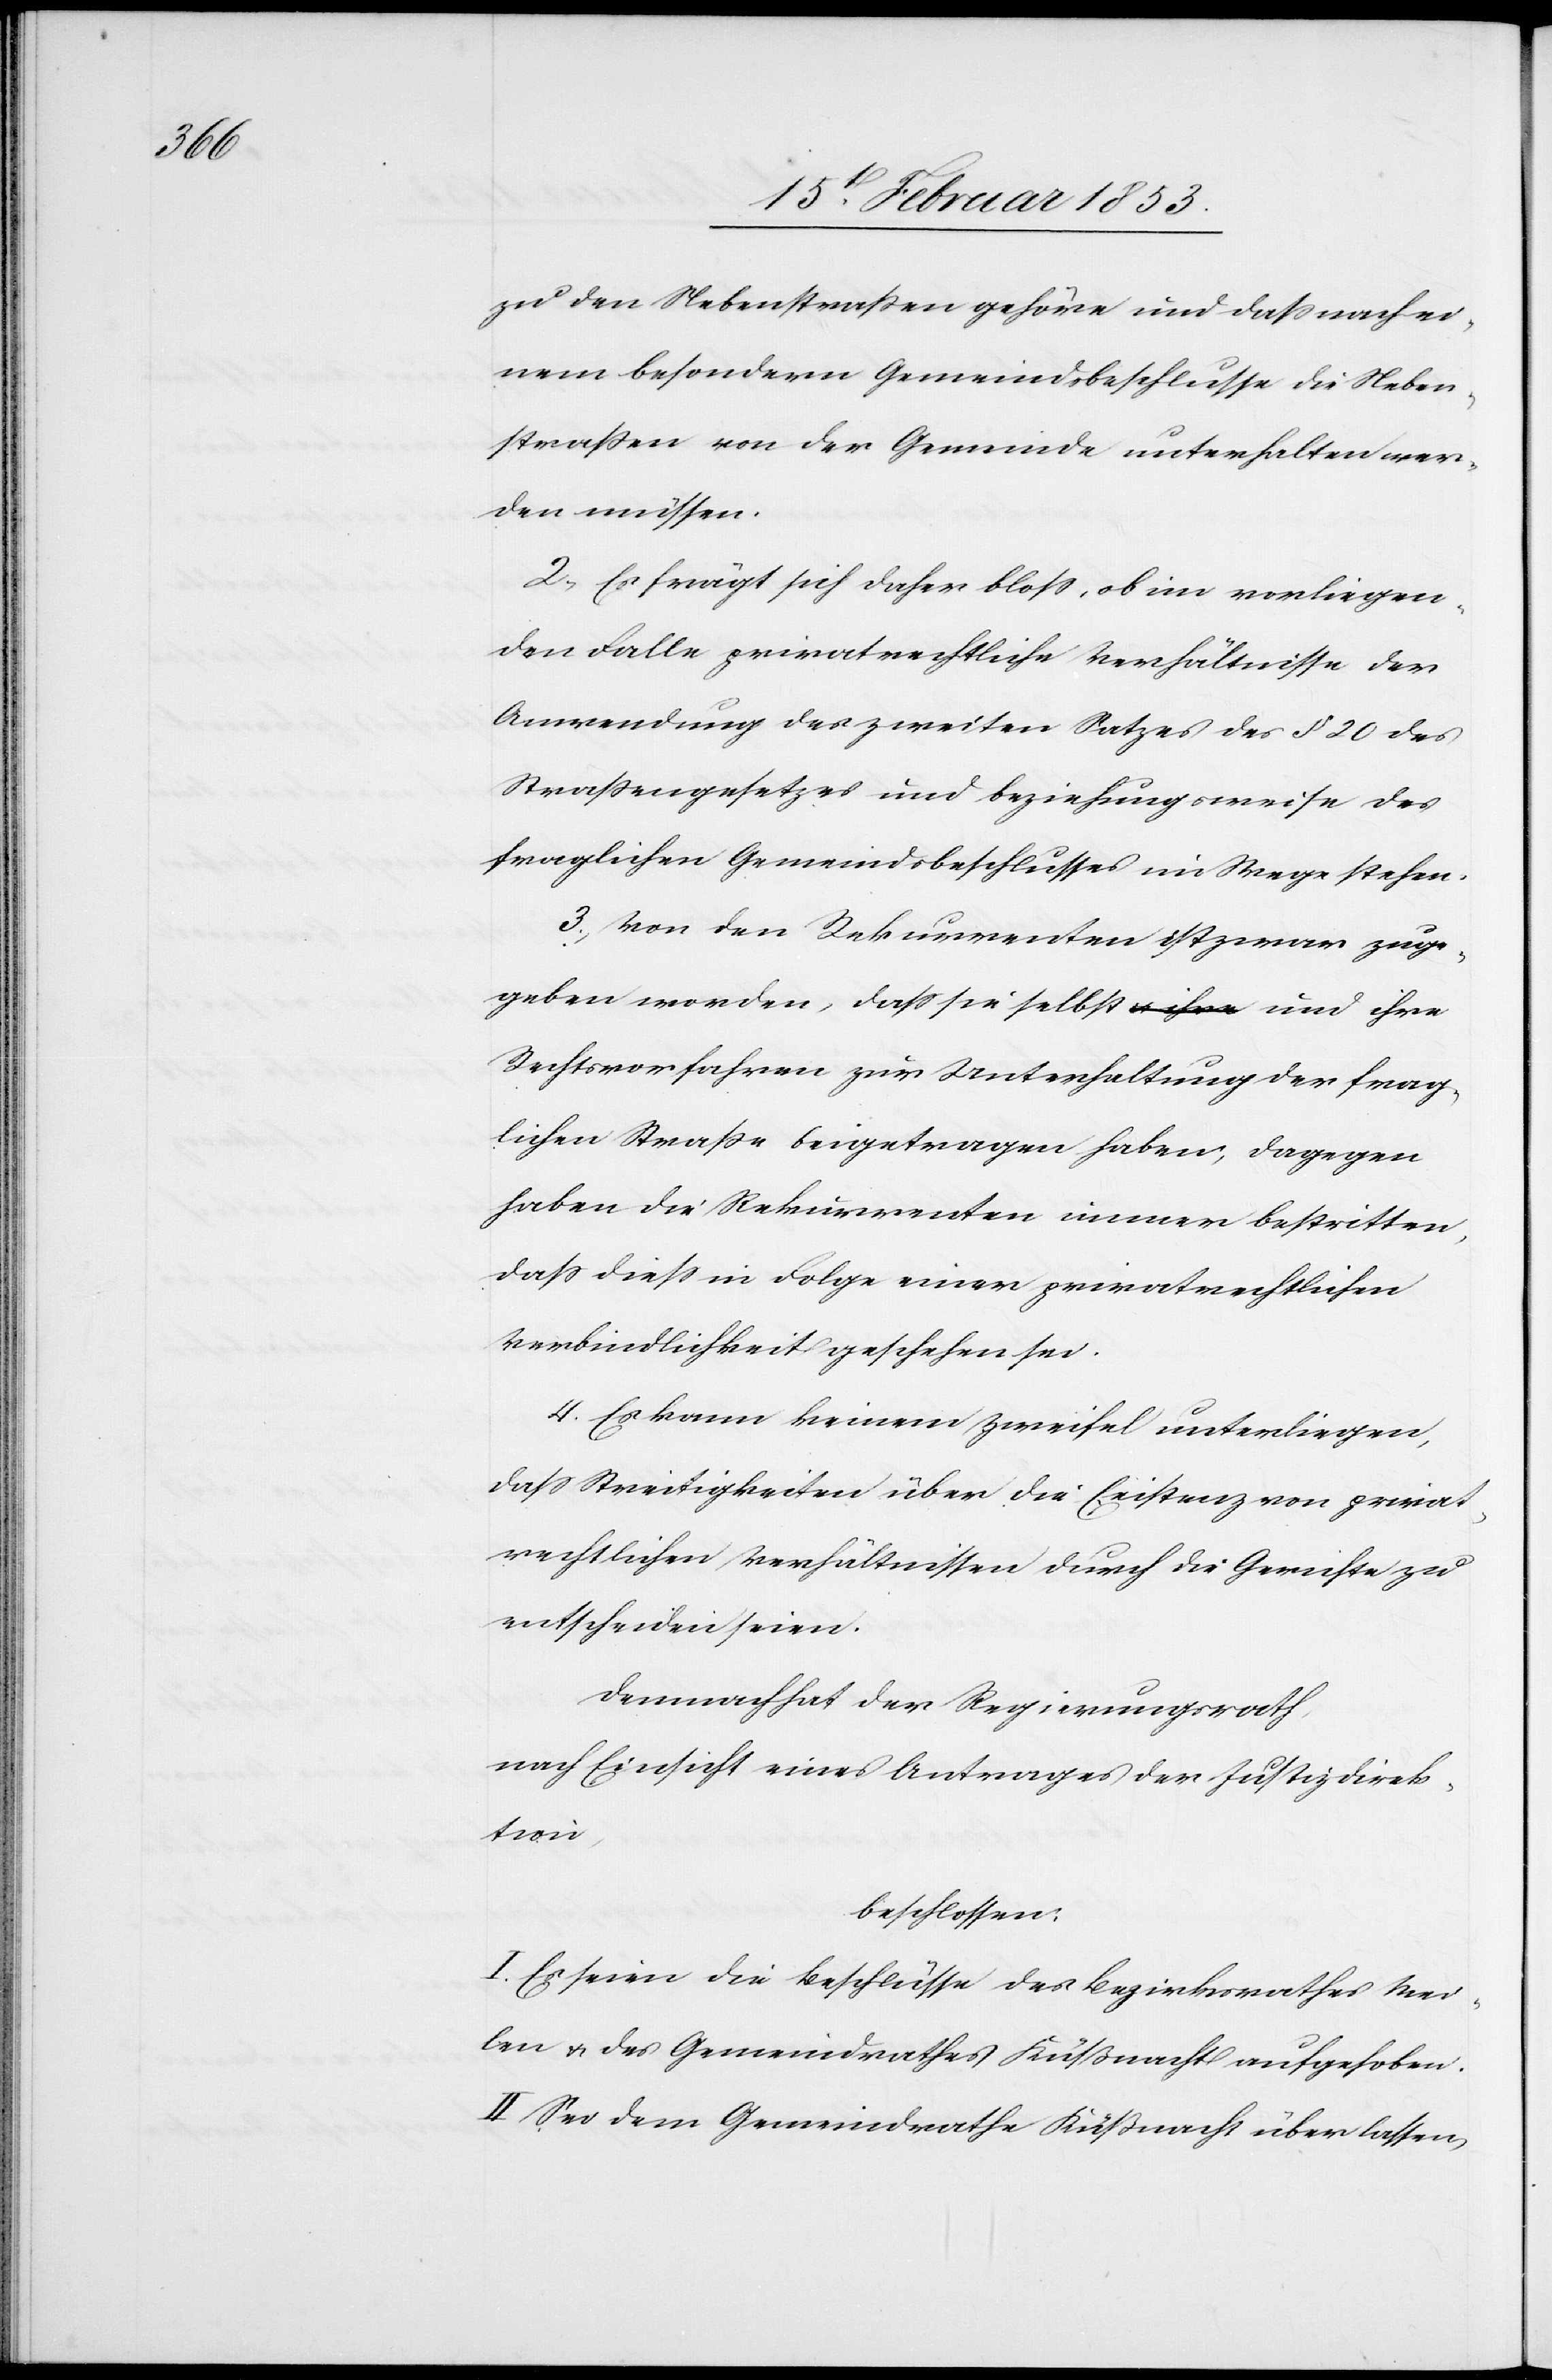
zu den Nebenstraßen gehöre und daß nach ei¬
nem besondern Gemeindebeschlusse die Neben¬
straßen von der Gemeinde unterhalten wer¬
den müssen.
2, Es frägt sich daher bloß, ob im vorliegen¬
den Falle privatrechtliche Verhältnisse der
Anwendung des zweiten Satzes des § 20 des
Straßengesetzes und beziehungsweise des
fraglichen Gemeindebeschlusses im Wege stehen.
3, Von den Rekurrenten ist zwar zuge¬
geben worden, daß sie selbst und ihre
Rechtsvorfahren zur Unterhaltung der frag¬
lichen Straße beigetragen haben, dagegen
haben die Rekurrenten immer bestritten,
daß dieß in Folge einer privatrechtlichen
Verbindlichkeit geschehen sei.
4, Es kann keinem Zweifel unterliegen,
daß Streitigkeiten über die Existenz von privat¬
rechtlichen Verhältnissen durch die Gerichte zu
entscheiden seien.
Demnach hat der Regierungsrath
nach Einsicht eines Antrages der Justizdirek¬
tion,
beschlossen:
I. Es seien die Beschlüsse des Bezirksrathes Mei¬
len u. des Gemeindrathes Küßnacht aufgehoben.
II. Sei dem Gemeindrathe Küßnacht überlassen,